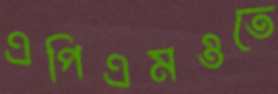
এপিএমওতে